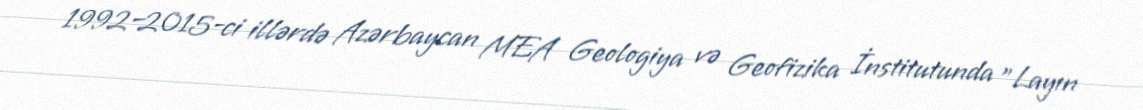
1992–2015-ci illərdə Azərbaycan MEA Geologiya və Geofizika İnstitutunda "Layın